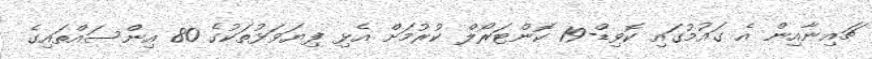
ޗައިނާއިން އެ ގައުމުގައި ކޮވިޑް-19 ކޮންޓަރޯލް ކުރުމަށް އެޅި ފިޔަވަޅުތަކުގެ 80 އިންސައްތައިގެ